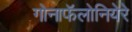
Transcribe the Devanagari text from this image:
गोनाफॅलोनियेरे